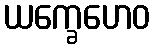
ယက္ခေဟေဝ